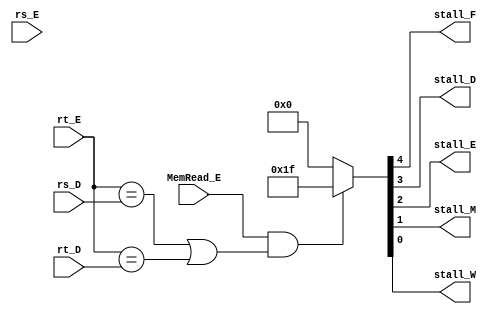
`timescale 1ns / 1ps
//////////////////////////////////////////////////////////////////////////////////
// Company: 
// Engineer: 
// 
// Design Name: 
// Module Name: HazardUnit
// Project Name: 
// Target Devices: 
// Tool Versions: 
// Description: 
// 
// Dependencies: 
// 
// Revision:
// Revision 0.01 - File Created
// Additional Comments:
// 
//////////////////////////////////////////////////////////////////////////////////


module HazardUnit(
    input MemRead_E,
    input [4:0] rt_D,
    input [4:0] rs_D,
    input [4:0] rt_E,
    input [4:0] rs_E,
    
    output reg stall_F,
    output reg stall_D,
    output reg stall_E,
    output reg stall_M,
    output reg stall_W
);
    
    always @(*) begin
        if (MemRead_E == 1'b1 && ((rt_E == rs_D) || (rt_E == rt_D))) begin
            {stall_F, stall_D, stall_E, stall_M, stall_W} <= 5'b11111;
        end else begin
            {stall_F, stall_D, stall_E, stall_M, stall_W} <= 5'b00000;
        end
    end

endmodule